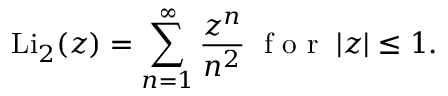
\mathrm { L i } _ { 2 } ( z ) = \sum _ { n = 1 } ^ { \infty } \frac { z ^ { n } } { n ^ { 2 } } \; \mathrm { ~ f ~ o ~ r ~ } \; | z | \le 1 .